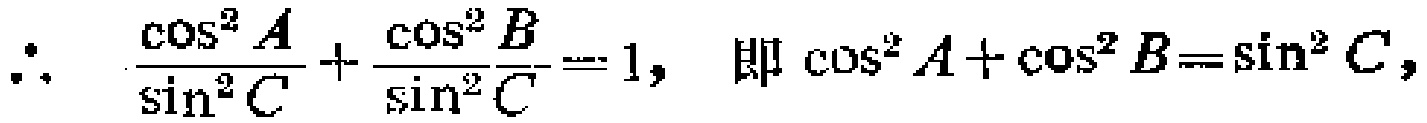
\(\therefore\ \frac{\cos^{2}A}{\sin^{2}C}+\frac{\cos^{2}B}{\sin^{2}C}=1,\ \text{即}\ \cos^{2}A+\cos^{2}B = \sin^{2}C,\)